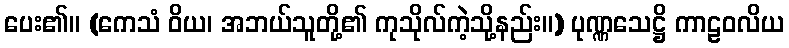
ပေး၏။ (ကေသံ ဝိယ၊ အဘယ်သူတို့၏ ကုသိုလ်ကဲ့သို့နည်း။) ပုဏ္ဏသေဋ္ဌိ ကာဠဝလိယ